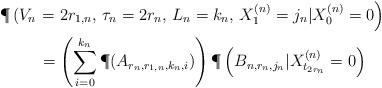
LaTeX: \begin{align*}\P\left(V_n\right.&\left.=2r_{1,n}, \, \tau_n=2r_n, \, L_n=k_n,\, X^{\left(n\right)}_1=j_n|X_{0}^{\left(n\right)}=0\right)\\&=\left(\sum\limits_{i=0}^{k_n}\P(A_{r_n, r_{1,n}, k_n, i})\right)\P\left(B_{n, r_n, j_n}|X_{t_{2r_n}}^{\left(n\right)}=0\right)\end{align*}